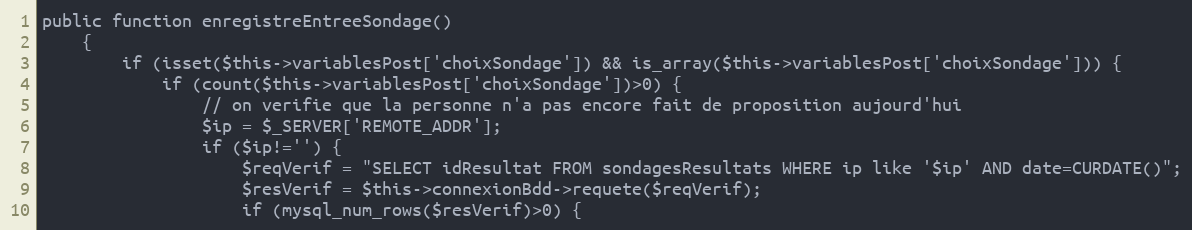
Language: PHP
public function enregistreEntreeSondage()
	{
		if (isset($this->variablesPost['choixSondage']) && is_array($this->variablesPost['choixSondage'])) {
			if (count($this->variablesPost['choixSondage'])>0) {
				// on verifie que la personne n'a pas encore fait de proposition aujourd'hui
				$ip = $_SERVER['REMOTE_ADDR'];
				if ($ip!='') {
					$reqVerif = "SELECT idResultat FROM sondagesResultats WHERE ip like '$ip' AND date=CURDATE()";
					$resVerif = $this->connexionBdd->requete($reqVerif);
					if (mysql_num_rows($resVerif)>0) {